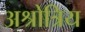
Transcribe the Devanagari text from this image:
अश्रोत्रिय